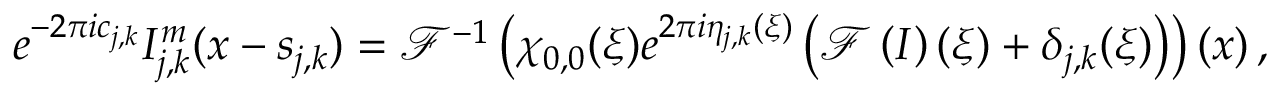
e ^ { - 2 \pi i c _ { j , k } } I _ { j , k } ^ { m } ( \boldsymbol { x } - \boldsymbol { s } _ { j , k } ) = \mathcal { F } ^ { - 1 } \left( \chi _ { 0 , 0 } ( \boldsymbol { \xi } ) e ^ { 2 \pi i \eta _ { j , k } ( \boldsymbol { \xi } ) } \left( \mathcal { F } \left( I \right) ( \boldsymbol { \xi } ) + \delta _ { j , k } ( \boldsymbol { \xi } ) \right) \right) ( \boldsymbol { x } ) \, ,